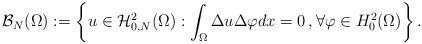
LaTeX: \begin{align*}\mathcal B_N(\Omega):=\left\{u\in \mathcal H^2_{0,N}(\Omega):\int_{\Omega}\Delta u\Delta\varphi dx=0\,,\forall\varphi\in H^2_0(\Omega)\right\}.\end{align*}